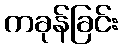
ကခုန်ခြင်း